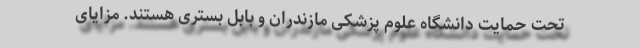
تحت حمایت دانشگاه علوم پزشکی مازندران و بابل بستری هستند. مزایای